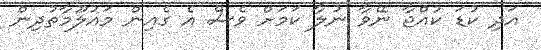
އަދި ކުޑަ ކުއްޖާ ނޭވާ ނުލާ ކަމަށް ވެސް އެ ގެއިން މައުލޫމާތުދިން